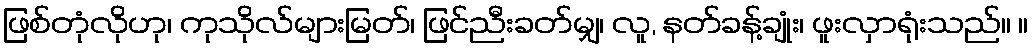
ဖြစ်တုံလိုဟု၊ ကုသိုလ်များမြတ်၊ ဖြင်ညီးခတ်မျှ၊ လူ, နတ်ခန့်ချုံး၊ ဖူးလှာရုံးသည်။ ။